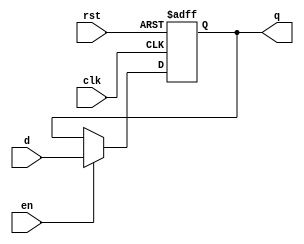
`timescale 1ns / 1ps
//////////////////////////////////////////////////////////////////////////////////
// Company: 
// 
// Design Name: 
// Module Name: n_bit_reg
// Project Name: 
// Target Devices: 
// Tool Versions: 
// Description: generic n-bit register with active-low asynchronous reset and clock enable inputs
// 
// Dependencies: 
// 
// Revision:
// Revision 0.01 - File Created
// Additional Comments:
// 
//////////////////////////////////////////////////////////////////////////////////


module n_bit_reg #(parameter WIDTH = 32) (
    input [WIDTH-1:0] d, // input data
    input clk, // input clock
    input rst, // input reset
    input en, // input enable
    output reg [WIDTH-1:0] q // output data
    );
    
    
   
    always @(posedge clk, negedge rst)
    begin
        if (!rst) begin // if reset is pressed, rst == 0
        q <= 0;
        end
   
        else if (en) begin // if enable, en == 1
        q <= d;
        end
        
    end
endmodule